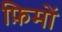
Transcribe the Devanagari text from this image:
फ़िमों